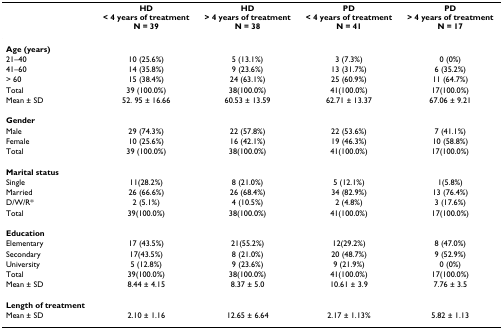
<table><thead><tr><td></td><td><b>HD&lt; 4 years of treatmentN = 39</b></td><td><b>HD&gt; 4 years of treatmentN = 38</b></td><td><b>PD&lt; 4 years of treatmentN = 41</b></td><td><b>PD&gt; 4 years of treatmentN = 17</b></td></tr></thead><tbody><tr><td><b>Age (years)</b></td><td></td><td></td><td></td><td></td></tr><tr><td>21–40</td><td>10 (25.6%)</td><td>5 (13.1%)</td><td>3 (7.3%)</td><td>0 (0%)</td></tr><tr><td>41–60</td><td>14 (35.8%)</td><td>9 (23.6%)</td><td>13 (31.7%)</td><td>6 (35.2%)</td></tr><tr><td>&gt; 60</td><td>15 (38.4%)</td><td>24 (63.1%)</td><td>25 (60.9%)</td><td>11 (64.7%)</td></tr><tr><td>Total</td><td>39 (100.0%)</td><td>38(100.0%)</td><td>41(100.0%)</td><td>17(100.0%)</td></tr><tr><td>Mean ± SD</td><td>52. 95 ± 16.66</td><td>60.53 ± 13.59</td><td>62.71 ± 13.37</td><td>67.06 ± 9.21</td></tr><tr><td><b>Gender</b></td><td></td><td></td><td></td><td></td></tr><tr><td>Male</td><td>29 (74.3%)</td><td>22 (57.8%)</td><td>22 (53.6%)</td><td>7 (41.1%)</td></tr><tr><td>Female</td><td>10 (25.6%)</td><td>16 (42.1%)</td><td>19 (46.3%)</td><td>10 (58.8%)</td></tr><tr><td>Total</td><td>39 (100.0%)</td><td>38(100.0%)</td><td>41(100.0%)</td><td>17(100.0%)</td></tr><tr><td><b>Marital status</b></td><td></td><td></td><td></td><td></td></tr><tr><td>Single</td><td>11(28.2%)</td><td>8 (21.0%)</td><td>5 (12.1%)</td><td>1(5.8%)</td></tr><tr><td>Married</td><td>26 (66.6%)</td><td>26 (68.4%)</td><td>34 (82.9%)</td><td>13 (76.4%)</td></tr><tr><td>D/W/R*</td><td>2 (5.1%)</td><td>4 (10.5%)</td><td>2 (4.8%)</td><td>3 (17.6%)</td></tr><tr><td>Total</td><td>39(100.0%)</td><td>38(100.0%)</td><td>41(100.0%)</td><td>17(100.0%)</td></tr><tr><td><b>Education</b></td><td></td><td></td><td></td><td></td></tr><tr><td>Elementary</td><td>17 (43.5%)</td><td>21(55.2%)</td><td>12(29.2%)</td><td>8 (47.0%)</td></tr><tr><td>Secondary</td><td>17(43.5%)</td><td>8 (21.0%)</td><td>20 (48.7%)</td><td>9 (52.9%)</td></tr><tr><td>University</td><td>5 (12.8%)</td><td>9 (23.6%)</td><td>9 (21.9%)</td><td>0 (0%)</td></tr><tr><td>Total</td><td>39(100.0%)</td><td>38(100.0%)</td><td>41(100.0%)</td><td>17(100.0%)</td></tr><tr><td>Mean ± SD</td><td>8.44 ± 4.15</td><td>8.37 ± 5.0</td><td>10.61 ± 3.9</td><td>7.76 ± 3.5</td></tr><tr><td><b>Length of treatment</b></td><td></td><td></td><td></td><td></td></tr><tr><td>Mean ± SD</td><td>2.10 ± 1.16</td><td>12.65 ± 6.64</td><td>2.17 ± 1.13%</td><td>5.82 ± 1.13</td></tr></tbody></table>